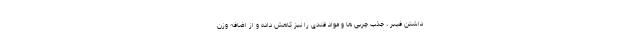
داشتن فیبر ، جذب چربی ها و مواد قندی را نیز کاهش داده و از اضافه وزن